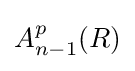
A_{n-1}^{p}(R)